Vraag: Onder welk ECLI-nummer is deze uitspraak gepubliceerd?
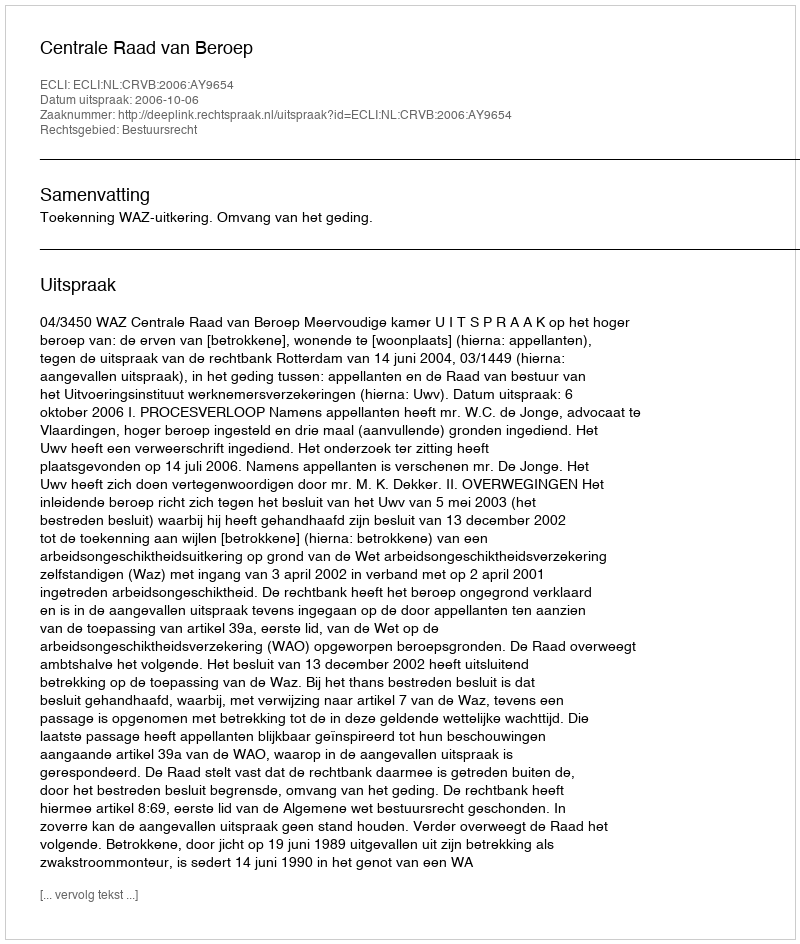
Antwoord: ECLI:NL:CRVB:2006:AY9654